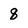
Character: 8